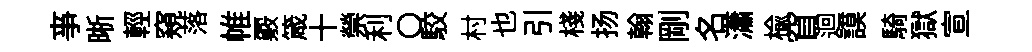
亊晰輕窺落帷覈箴十禜利〇駮村也引棧扬翰剛名瀟楡窅迴謨騎獄宣